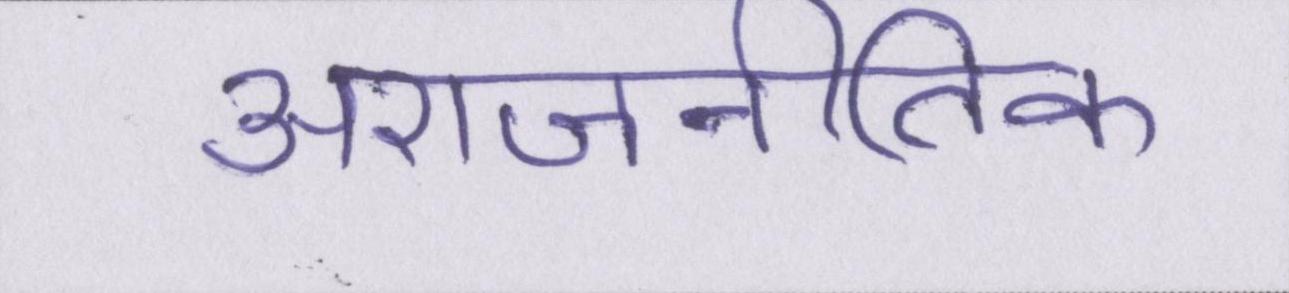
अराजनीतिक